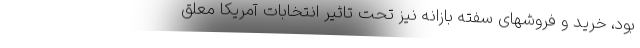
بود، خرید و فروشهای سفته بازانه نیز تحت تاثیر انتخابات آمریکا معلق